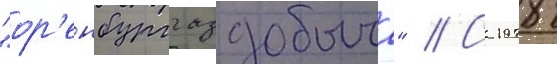
"ор'енбурггаздобыча" // С 1978